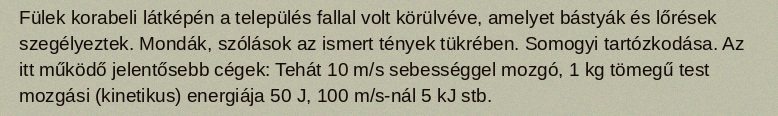
Fülek korabeli látképén a település fallal volt körülvéve, amelyet bástyák és lőrések szegélyeztek. Mondák, szólások az ismert tények tükrében. Somogyi tartózkodása. Az itt működő jelentősebb cégek: Tehát 10 m/s sebességgel mozgó, 1 kg tömegű test mozgási (kinetikus) energiája 50 J, 100 m/s-nál 5 kJ stb.